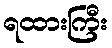
ရထားကြီး